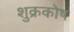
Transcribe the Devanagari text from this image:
शुक्रकोष